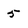
Character: 5